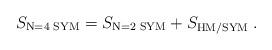
LaTeX: \begin{align*} S_{\mbox{\scriptsize N=4 SYM}} = S_{\mbox{\scriptsize N=2 SYM}} + S_{\mbox{\scriptsize HM/SYM}}\;.\end{align*}